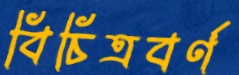
বিচিত্রবর্ণ